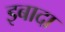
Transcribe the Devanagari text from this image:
इबादा